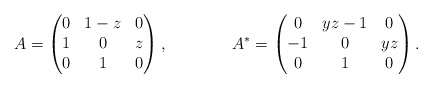
\begin{align*} A &= \begin{pmatrix} 0 & 1-z & 0 \\ 1 & 0 & z \\ 0 & 1 & 0 \end{pmatrix},& A^* &= \begin{pmatrix} 0 & y z -1 & 0 \\ -1 & 0 & y z \\ 0 & 1 & 0 \end{pmatrix}.\end{align*}